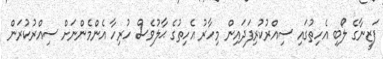
ފަޒީނާގެ ލޯބި އެހިތުގައި ސިއްރުކުރިފަދައިން މިހާރު އެހިތުގެ ޙާލުވެސް ހުރިހާ އެންމެންނަށް ސިއްރުކުރަން